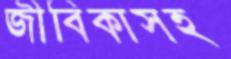
জীবিকাসহ